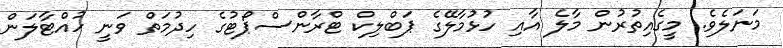
މަނަލެވެ. މީގެއިތުރުން މާލެ އާއި ހުޅުމާލޭގެ ޕަބްލިކް ޓްރާންސްޕޯޓުގެ ހިދުމަތް ވަނީ ހުއްޓާލަން